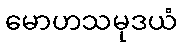
မောဟသမုဒယံ